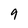
Character: 9